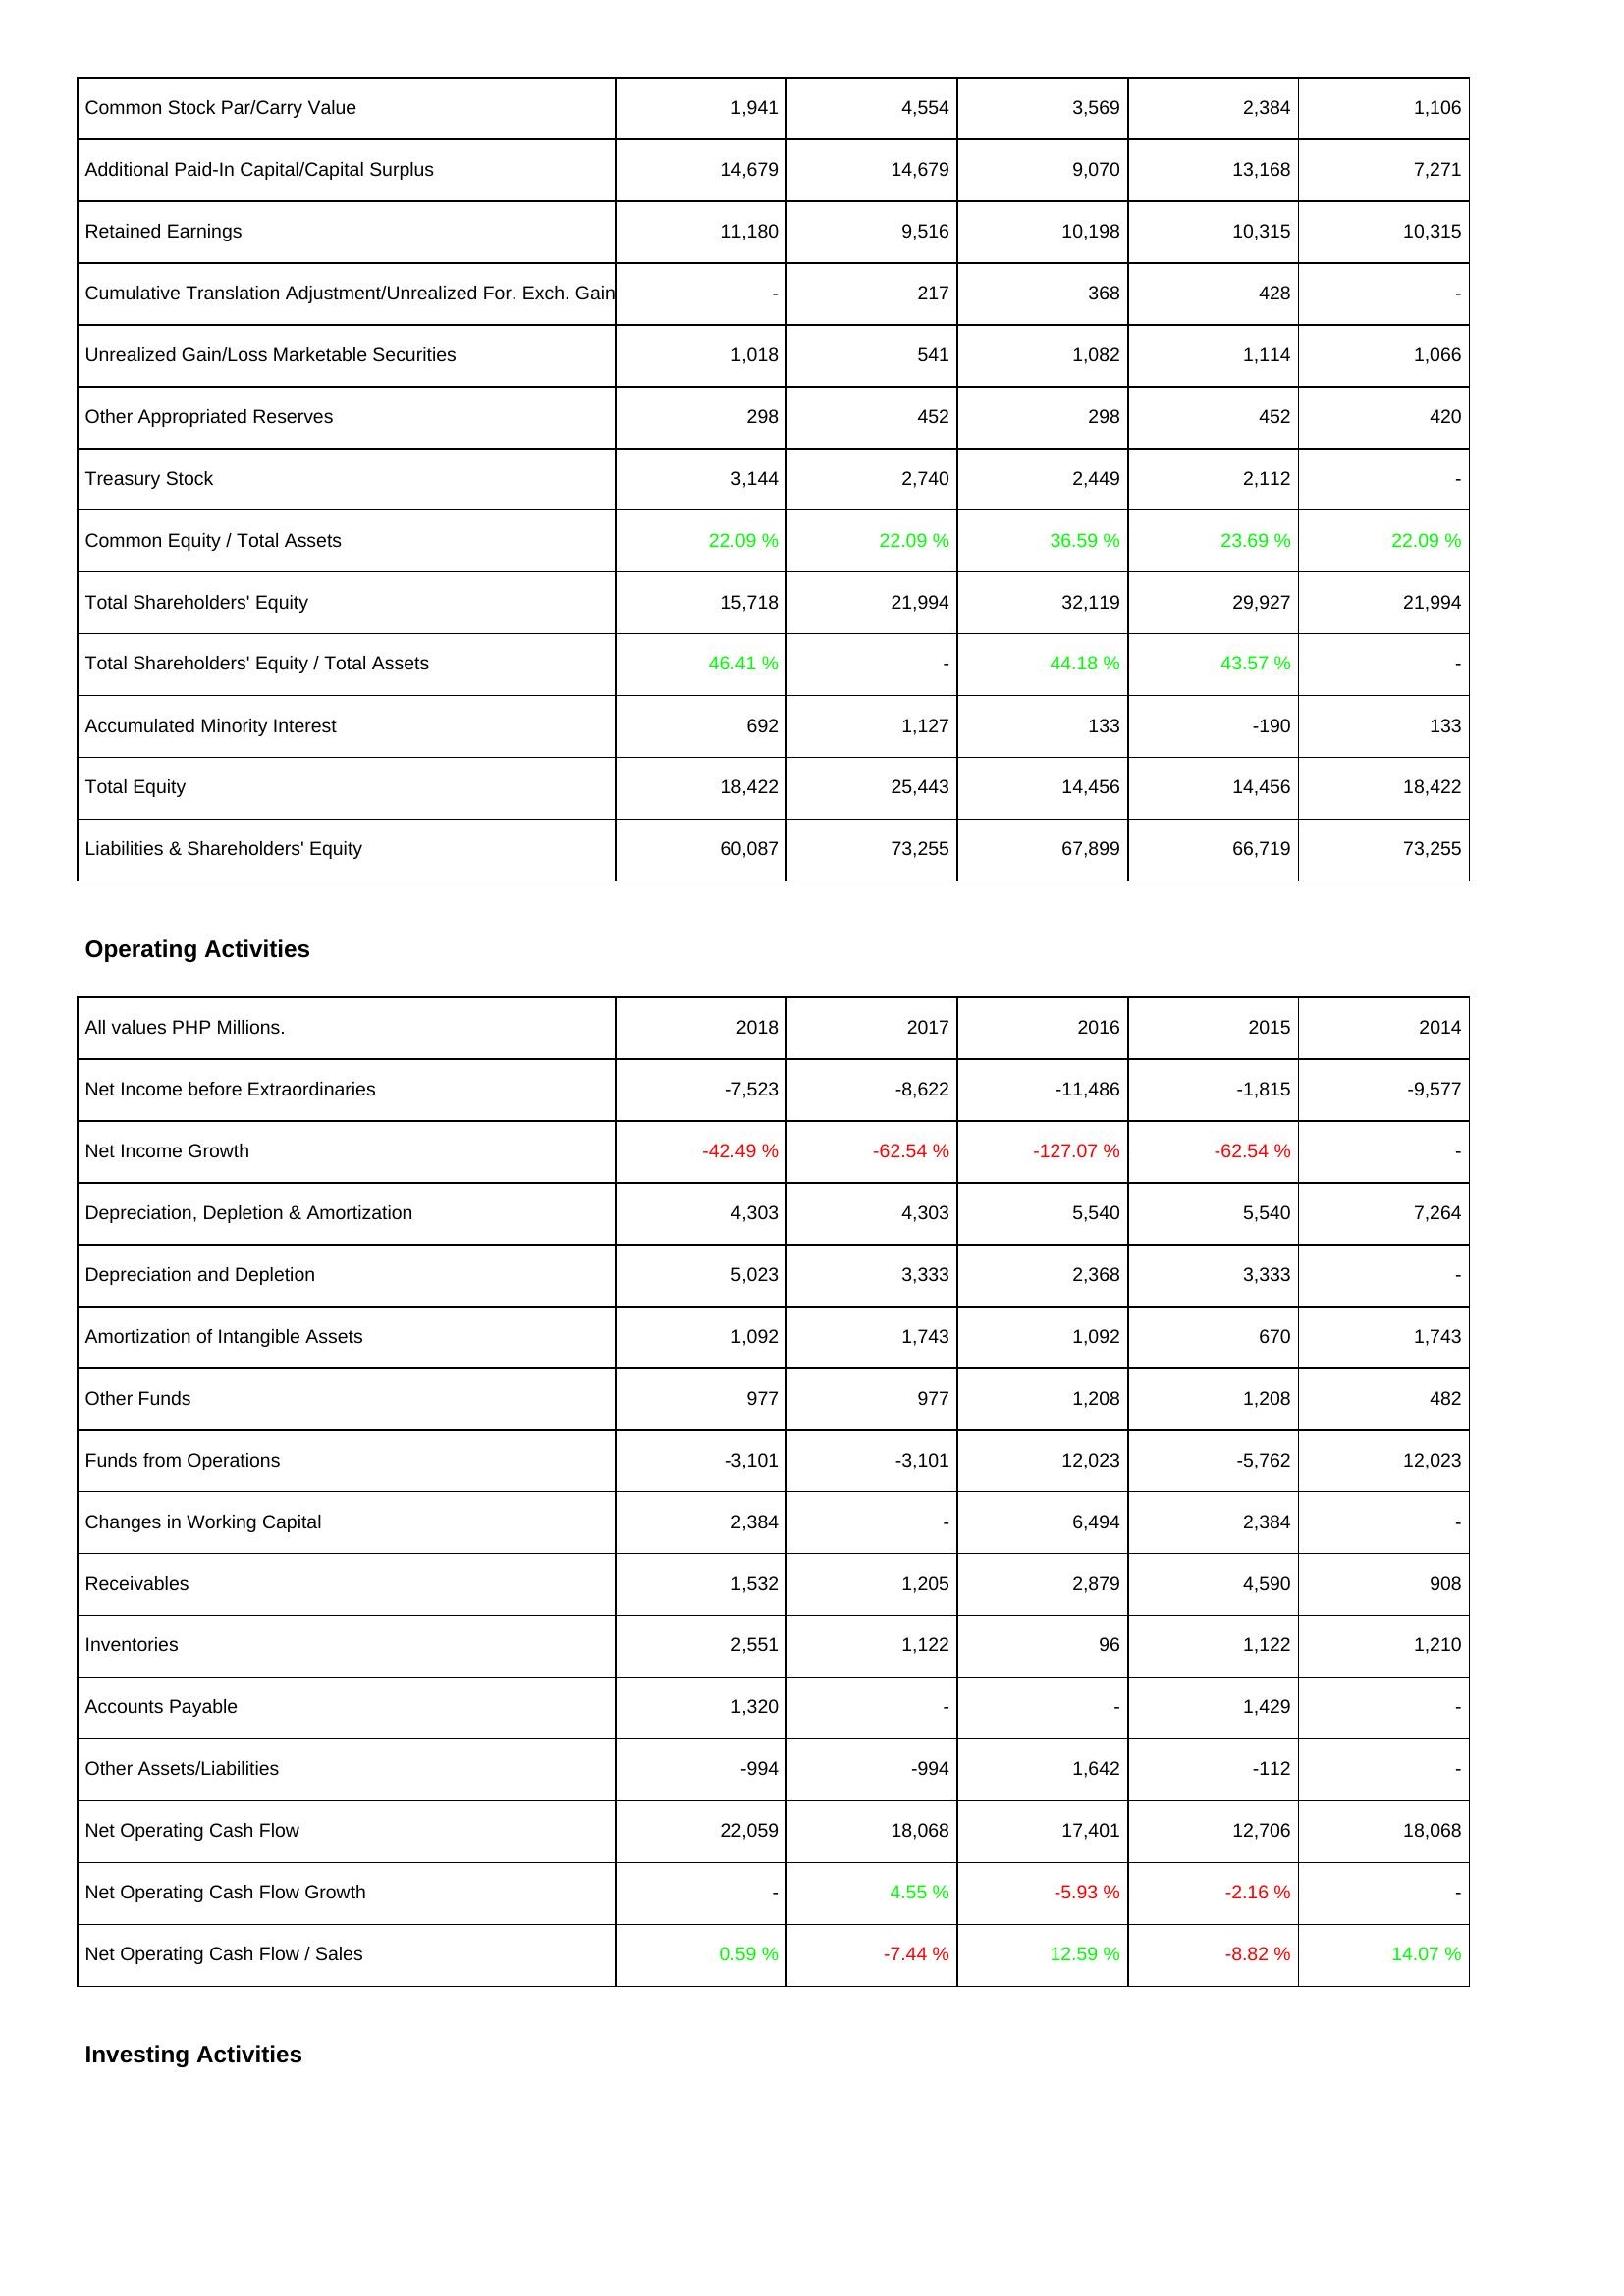
2018: Liabilities & Shareholders' Equity: Common Stock Par/Carry Value: 1,941
Additional Paid-In Capital/Capital Surplus: 14,679
Retained Earnings: 11,180
Cumulative Translation Adjustment/Unrealized For. Exch. Gain: -
Unrealized Gain/Loss Marketable Securities: 1,018
Other Appropriated Reserves: 298
Treasury Stock: 3,144
Common Equity / Total Assets: 22.09 %
Total Shareholders' Equity: 15,718
Total Shareholders' Equity / Total Assets: 46.41 %
Accumulated Minority Interest: 692
Total Equity: 18,422
Liabilities & Shareholders' Equity: 60,087
Operating Activities: Net Income before Extraordinaries: -7,523
Net Income Growth: -42.49 %
Depreciation, Depletion & Amortization: 4,303
Depreciation and Depletion: 5,023
Amortization of Intangible Assets: 1,092
Other Funds: 977
Funds from Operations: -3,101
Changes in Working Capital: 2,384
Receivables: 1,532
Inventories: 2,551
Accounts Payable: 1,320
Other Assets/Liabilities: -994
Net Operating Cash Flow: 22,059
Net Operating Cash Flow Growth: -
Net Operating Cash Flow / Sales: 0.59 %
2017: Liabilities & Shareholders' Equity: Common Stock Par/Carry Value: 4,554
Additional Paid-In Capital/Capital Surplus: 14,679
Retained Earnings: 9,516
Cumulative Translation Adjustment/Unrealized For. Exch. Gain: 217
Unrealized Gain/Loss Marketable Securities: 541
Other Appropriated Reserves: 452
Treasury Stock: 2,740
Common Equity / Total Assets: 22.09 %
Total Shareholders' Equity: 21,994
Total Shareholders' Equity / Total Assets: -
Accumulated Minority Interest: 1,127
Total Equity: 25,443
Liabilities & Shareholders' Equity: 73,255
Operating Activities: Net Income before Extraordinaries: -8,622
Net Income Growth: -62.54 %
Depreciation, Depletion & Amortization: 4,303
Depreciation and Depletion: 3,333
Amortization of Intangible Assets: 1,743
Other Funds: 977
Funds from Operations: -3,101
Changes in Working Capital: -
Receivables: 1,205
Inventories: 1,122
Accounts Payable: -
Other Assets/Liabilities: -994
Net Operating Cash Flow: 18,068
Net Operating Cash Flow Growth: 4.55 %
Net Operating Cash Flow / Sales: -7.44 %
2016: Liabilities & Shareholders' Equity: Common Stock Par/Carry Value: 3,569
Additional Paid-In Capital/Capital Surplus: 9,070
Retained Earnings: 10,198
Cumulative Translation Adjustment/Unrealized For. Exch. Gain: 368
Unrealized Gain/Loss Marketable Securities: 1,082
Other Appropriated Reserves: 298
Treasury Stock: 2,449
Common Equity / Total Assets: 36.59 %
Total Shareholders' Equity: 32,119
Total Shareholders' Equity / Total Assets: 44.18 %
Accumulated Minority Interest: 133
Total Equity: 14,456
Liabilities & Shareholders' Equity: 67,899
Operating Activities: Net Income before Extraordinaries: -11,486
Net Income Growth: -127.07 %
Depreciation, Depletion & Amortization: 5,540
Depreciation and Depletion: 2,368
Amortization of Intangible Assets: 1,092
Other Funds: 1,208
Funds from Operations: 12,023
Changes in Working Capital: 6,494
Receivables: 2,879
Inventories: 96
Accounts Payable: -
Other Assets/Liabilities: 1,642
Net Operating Cash Flow: 17,401
Net Operating Cash Flow Growth: -5.93 %
Net Operating Cash Flow / Sales: 12.59 %
2015: Liabilities & Shareholders' Equity: Common Stock Par/Carry Value: 2,384
Additional Paid-In Capital/Capital Surplus: 13,168
Retained Earnings: 10,315
Cumulative Translation Adjustment/Unrealized For. Exch. Gain: 428
Unrealized Gain/Loss Marketable Securities: 1,114
Other Appropriated Reserves: 452
Treasury Stock: 2,112
Common Equity / Total Assets: 23.69 %
Total Shareholders' Equity: 29,927
Total Shareholders' Equity / Total Assets: 43.57 %
Accumulated Minority Interest: -190
Total Equity: 14,456
Liabilities & Shareholders' Equity: 66,719
Operating Activities: Net Income before Extraordinaries: -1,815
Net Income Growth: -62.54 %
Depreciation, Depletion & Amortization: 5,540
Depreciation and Depletion: 3,333
Amortization of Intangible Assets: 670
Other Funds: 1,208
Funds from Operations: -5,762
Changes in Working Capital: 2,384
Receivables: 4,590
Inventories: 1,122
Accounts Payable: 1,429
Other Assets/Liabilities: -112
Net Operating Cash Flow: 12,706
Net Operating Cash Flow Growth: -2.16 %
Net Operating Cash Flow / Sales: -8.82 %
2014: Liabilities & Shareholders' Equity: Common Stock Par/Carry Value: 1,106
Additional Paid-In Capital/Capital Surplus: 7,271
Retained Earnings: 10,315
Cumulative Translation Adjustment/Unrealized For. Exch. Gain: -
Unrealized Gain/Loss Marketable Securities: 1,066
Other Appropriated Reserves: 420
Treasury Stock: -
Common Equity / Total Assets: 22.09 %
Total Shareholders' Equity: 21,994
Total Shareholders' Equity / Total Assets: -
Accumulated Minority Interest: 133
Total Equity: 18,422
Liabilities & Shareholders' Equity: 73,255
Operating Activities: Net Income before Extraordinaries: -9,577
Net Income Growth: -
Depreciation, Depletion & Amortization: 7,264
Depreciation and Depletion: -
Amortization of Intangible Assets: 1,743
Other Funds: 482
Funds from Operations: 12,023
Changes in Working Capital: -
Receivables: 908
Inventories: 1,210
Accounts Payable: -
Other Assets/Liabilities: -
Net Operating Cash Flow: 18,068
Net Operating Cash Flow Growth: -
Net Operating Cash Flow / Sales: 14.07 %